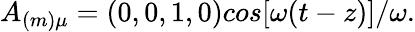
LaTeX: A_{(m)\mu}=(0,0,1,0)cos[\omega(t-z)]/\omega.